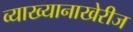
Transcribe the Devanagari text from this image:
व्याख्यानाखेरीज